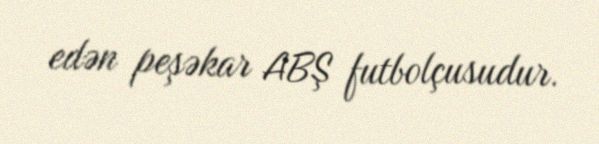
edən peşəkar ABŞ futbolçusudur.